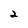
Character: 2